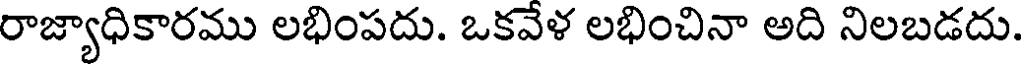
రాజ్యాధికారము లభింపదు. ఒకవేళ లభించినా అది నిలబడదు.